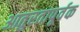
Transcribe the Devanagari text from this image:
आतुरतापूर्वक